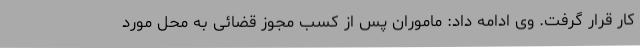
کار قرار گرفت. وی ادامه داد: ماموران پس از کسب مجوز قضائی به محل مورد